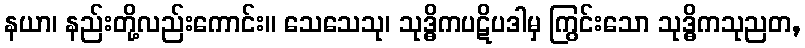
နယာ၊ နည်းတို့လည်းကောင်း။ သေသေသု၊ သုဒ္ဓိကပဋိပဒါမှ ကြွင်းသော သုဒ္ဓိကသုညတ,